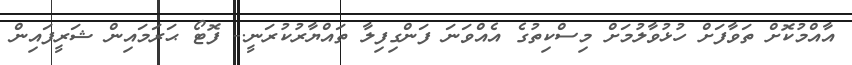
އާއްމުކޮށް ތަވާފަށް ހުޅުވާލުމަށް މިސްކިތުގެ އެއްވަނަ ފަންގިފިލާ ތައްޔާރުކުރަނީ.- ފޮޓޯ ޙަރަމައިން ޝަރީފައިން